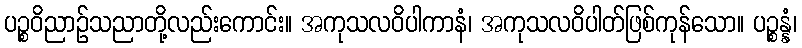
ပဉ္စဝိညာဉ်သညာတို့လည်းကောင်း။ အကုသလဝိပါကာနံ၊ အကုသလဝိပါတ်ဖြစ်ကုန်သော။ ပဉ္စန္နံ၊